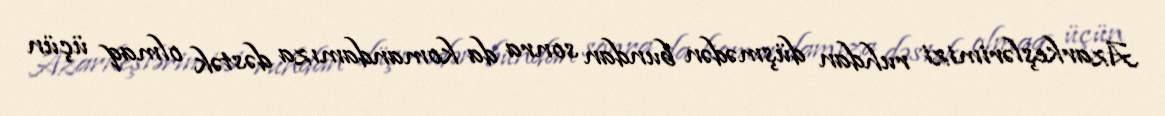
Azarkeşlərimizi ruhdan düşmədən bundan sonra da komandamıza dəstək olmaq üçün